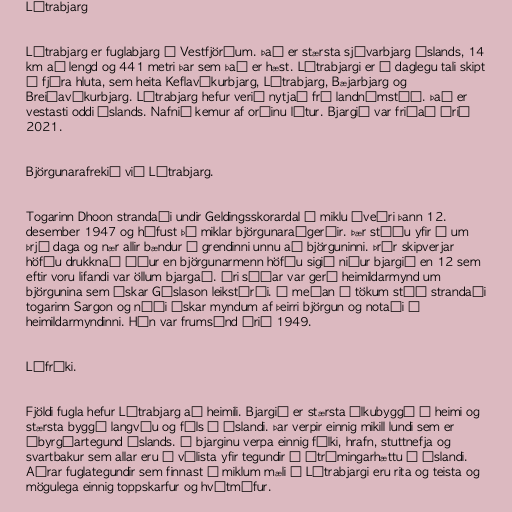
Látrabjarg

Látrabjarg er fuglabjarg á Vestfjörðum. Það er stærsta sjávarbjarg Íslands, 14
km að lengd og 441 metri þar sem það er hæst. Látrabjargi er í daglegu tali skipt
í fjóra hluta, sem heita Keflavíkurbjarg, Látrabjarg, Bæjarbjarg og
Breiðavíkurbjarg. Látrabjarg hefur verið nytjað frá landnámstíð. Það er
vestasti oddi Íslands. Nafnið kemur af orðinu látur. Bjargið var friðað árið
2021.

Björgunarafrekið við Látrabjarg.

Togarinn Dhoon strandaði undir Geldingsskorardal í miklu óveðri þann 12.
desember 1947 og hófust þá miklar björgunaraðgerðir. Þær stóðu yfir í um
þrjá daga og nær allir bændur í grendinni unnu að björguninni. Þrír skipverjar
höfðu drukknað áður en björgunarmenn höfðu sigið niður bjargið en 12 sem
eftir voru lifandi var öllum bjargað. Ári síðar var gerð heimildarmynd um
björgunina sem Óskar Gíslason leikstýrði. Á meðan á tökum stóð strandaði
togarinn Sargon og náði Óskar myndum af þeirri björgun og notaði í
heimildarmyndinni. Hún var frumsýnd árið 1949.

Lífríki.

Fjöldi fugla hefur Látrabjarg að heimili. Bjargið er stærsta álkubyggð í heimi og
stærsta byggð langvíu og fýls á Íslandi. Þar verpir einnig mikill lundi sem er
ábyrgðartegund Íslands. Í bjarginu verpa einnig fálki, hrafn, stuttnefja og
svartbakur sem allar eru á válista yfir tegundir í útrýmingarhættu á Íslandi.
Aðrar fuglategundir sem finnast í miklum mæli í Látrabjargi eru rita og teista og
mögulega einnig toppskarfur og hvítmáfur.